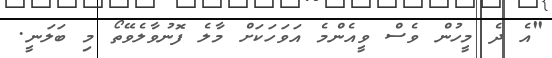
"އެ ދެ މީހުން ވެސް ވީއެންމެ އަވަހަކަށް މާލެ ފޮނުވާލެވޭތޯ މި ބަލަނީ.